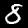
Label: 8